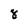
Character: 8